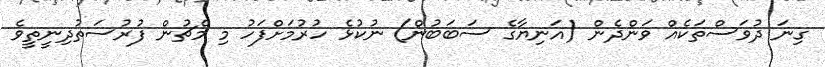
ގިނަ ދުވަސްތަކެއް ވަންދެން (އަނިޔާގެ ސަބަބުން) ނުކުޅެ ހުރުމަށްފަހު މި މެޗުން ފުރުސަތުދިނީތީވެ